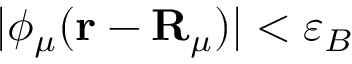
\vert \phi _ { \mu } ( \mathbf { r } - \mathbf { R } _ { \mu } ) \vert < \varepsilon _ { B }